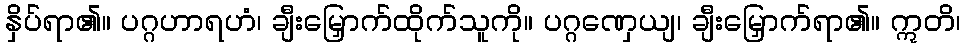
နှိပ်ရာ၏။ ပဂ္ဂဟာရဟံ၊ ချီးမြှောက်ထိုက်သူကို။ ပဂ္ဂဏှေယျ၊ ချီးမြှောက်ရာ၏။ ဣတိ၊